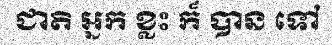
ជាតិ អ្នក ខ្លះ ក៏ បាន ទៅ